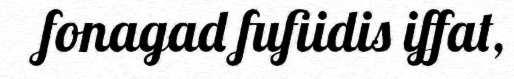
fonagad fufiidis iffat,